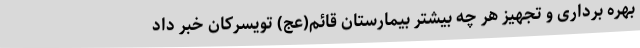
بهره برداری و تجهیز هر چه بیشتر بیمارستان قائم(عج) تویسرکان خبر داد